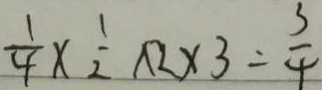
\frac { 1 } { 4 } \times \frac { 1 } { 2 } \times 2 \times 3 = \frac { 3 } { 4 }